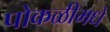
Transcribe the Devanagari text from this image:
पोकळीमधे